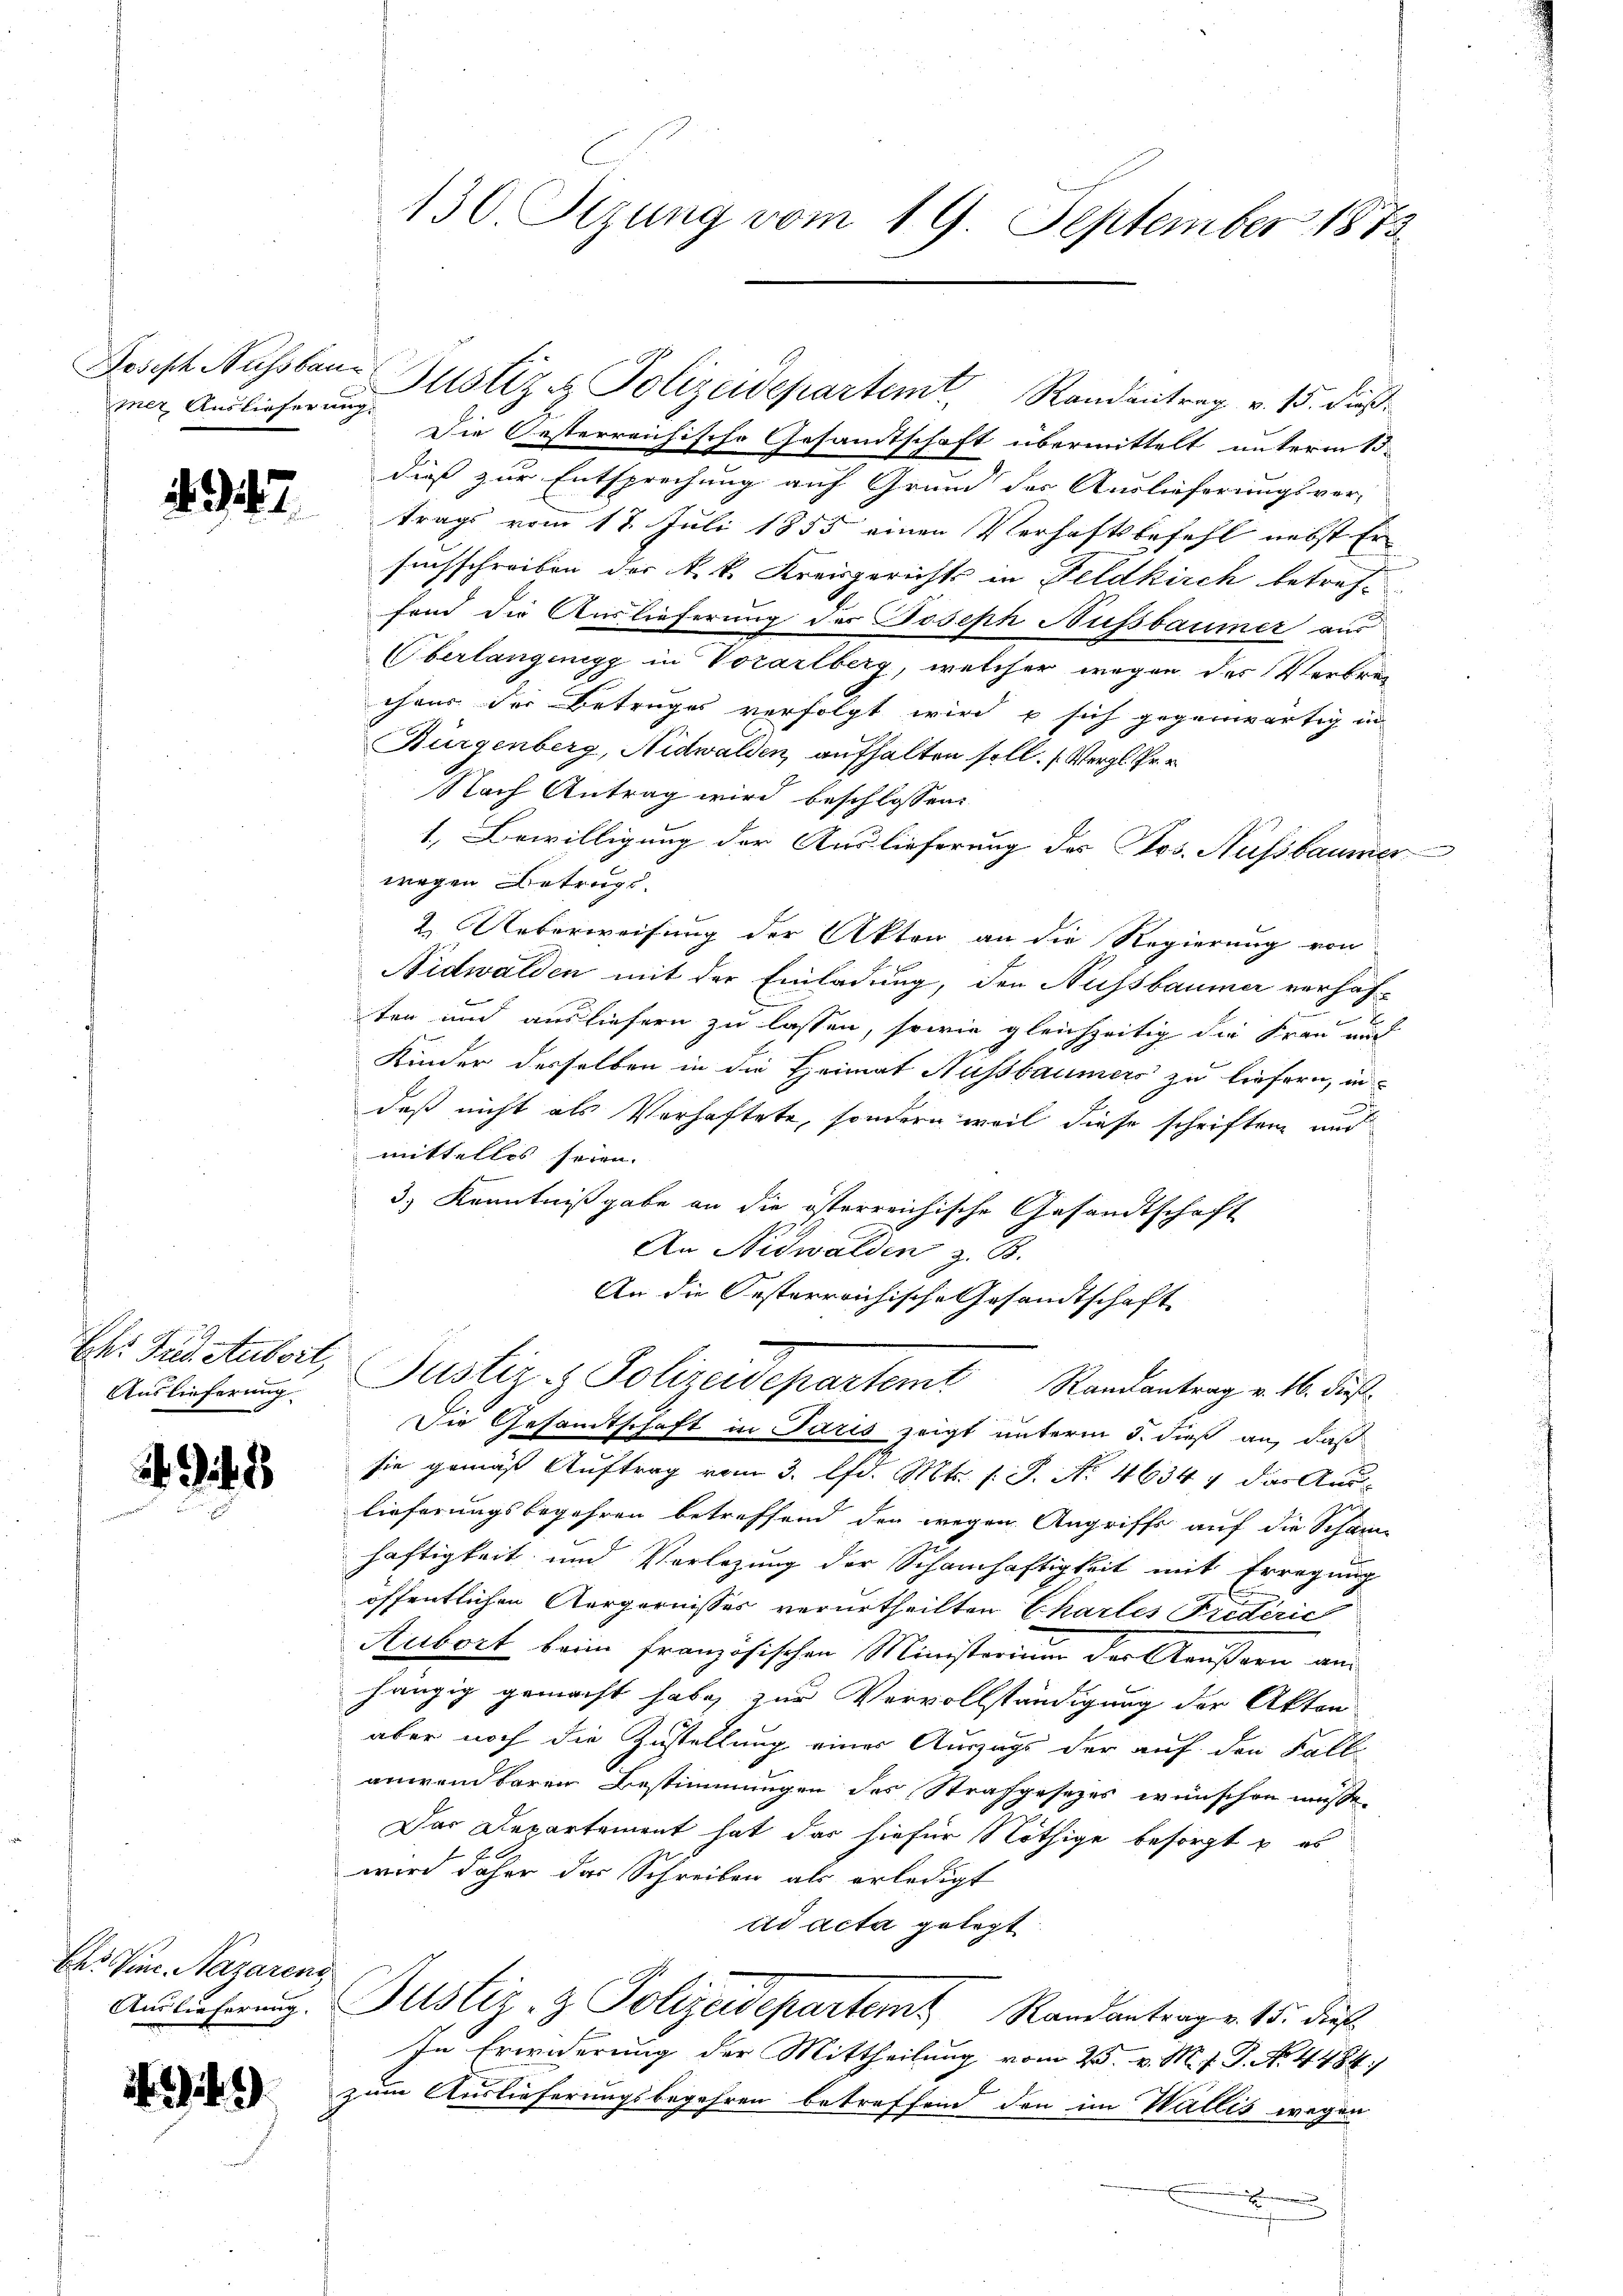
mer Auslieferung.

. 347.

Auslieferung

2

Ch. Ven. Nazarens
Auslieferung.

)

130. Sezung vom 19. September 1873

Die Oesterreichische Gesandtschaft übermittelt unterm 15.
dieß zur Entsprechung auf Grund der Auslieferungsver-
trags vom 17. Juli 1855 einen Verhaftsbefehl nebst Er
suchschreiben der k. k. Kreisgerichts in Feldkirch betreffand die Auslieferung des Joseph Nussbaumer aus
Überlangungg in Vorarlberg, welcher wegen der Verbrec
chaus der Betruges verfolgt wird u sich gegenwärtig in
Bürgenberg, Nidwalden, aufhalten soll. (Vergl. Per
Nach Antrag wird beschlossen:
1. Bewilligung der Auslieferung des Jos. Aussbaumer
wegen Betrugs
2. Ueberweisung der Akten an die Regierung von
Nidwalden mit der Einladung, den Aufsbaumer verhaften und ausliefern zu lassen, sowie gleichzeitig die Frau auc
Kinder derselben in die Heimat Aussbaumers zu liefern, in
daß nicht als Verhaftete, sondern weil diese schriften und
mittelles seien.
3.) Kenntnißgabe an die österreichische Gesandtschaft
An Nidwalden z. B.
An die Oesterreichische Gesandtschaft
Chr. Siedetubert, Justiz & Polizeidepartem Randantrag v. 16. Fuß

Joseph Nussbar Justiz & Polizeidepartemt, Randantrag v. 15. dieß

Die Gesamtschaft in Paris zeigt unterm 5. dieß an, daß

sie gemäß Auftrag vom 3. d. Mts. s. S. Nr. 4634, das Auslieferungsbegehren betreffend den wegen Angriffs auf die Schan
häftigkeit und Verlegung der Schamhaftigkeit mit Erregung
öffentlichen Aergernisses verurtheilten Chartes Friderich
Aubort beim französischen Ministerium der Aeußern anhängig gemacht habe, zur Vervollständigung der Akten
aber noch die Zustellung einer Auszugs der auf den Falle
anwendbaren Bestimmungen des Strafgesetzes wünschen müsse.
Das Departement hat das hiefür Nöthige besorgt u es
wird daher das Schreiben als erledigt
ad acta gelegt
Justiz- & Polizeidepartem Randantrag v. 15. dieß
In Erwiderung der Mittheilung vom 25. v. M. h. T. No. 4484)
zum Auslieferungsbegehren betreffend den im Wallis wegen

u